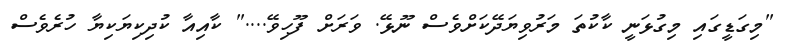
"މިގަޑީގައި މިގުޅަނީ ކާކުތަ މަރުވިޔަދޭކަށްވެސް ނޫޅޭ. ވަރަށް ފޫހިވޭ...." ކާއިއާ ކުދިކިޔަކިޔާ ހުރެވެސް